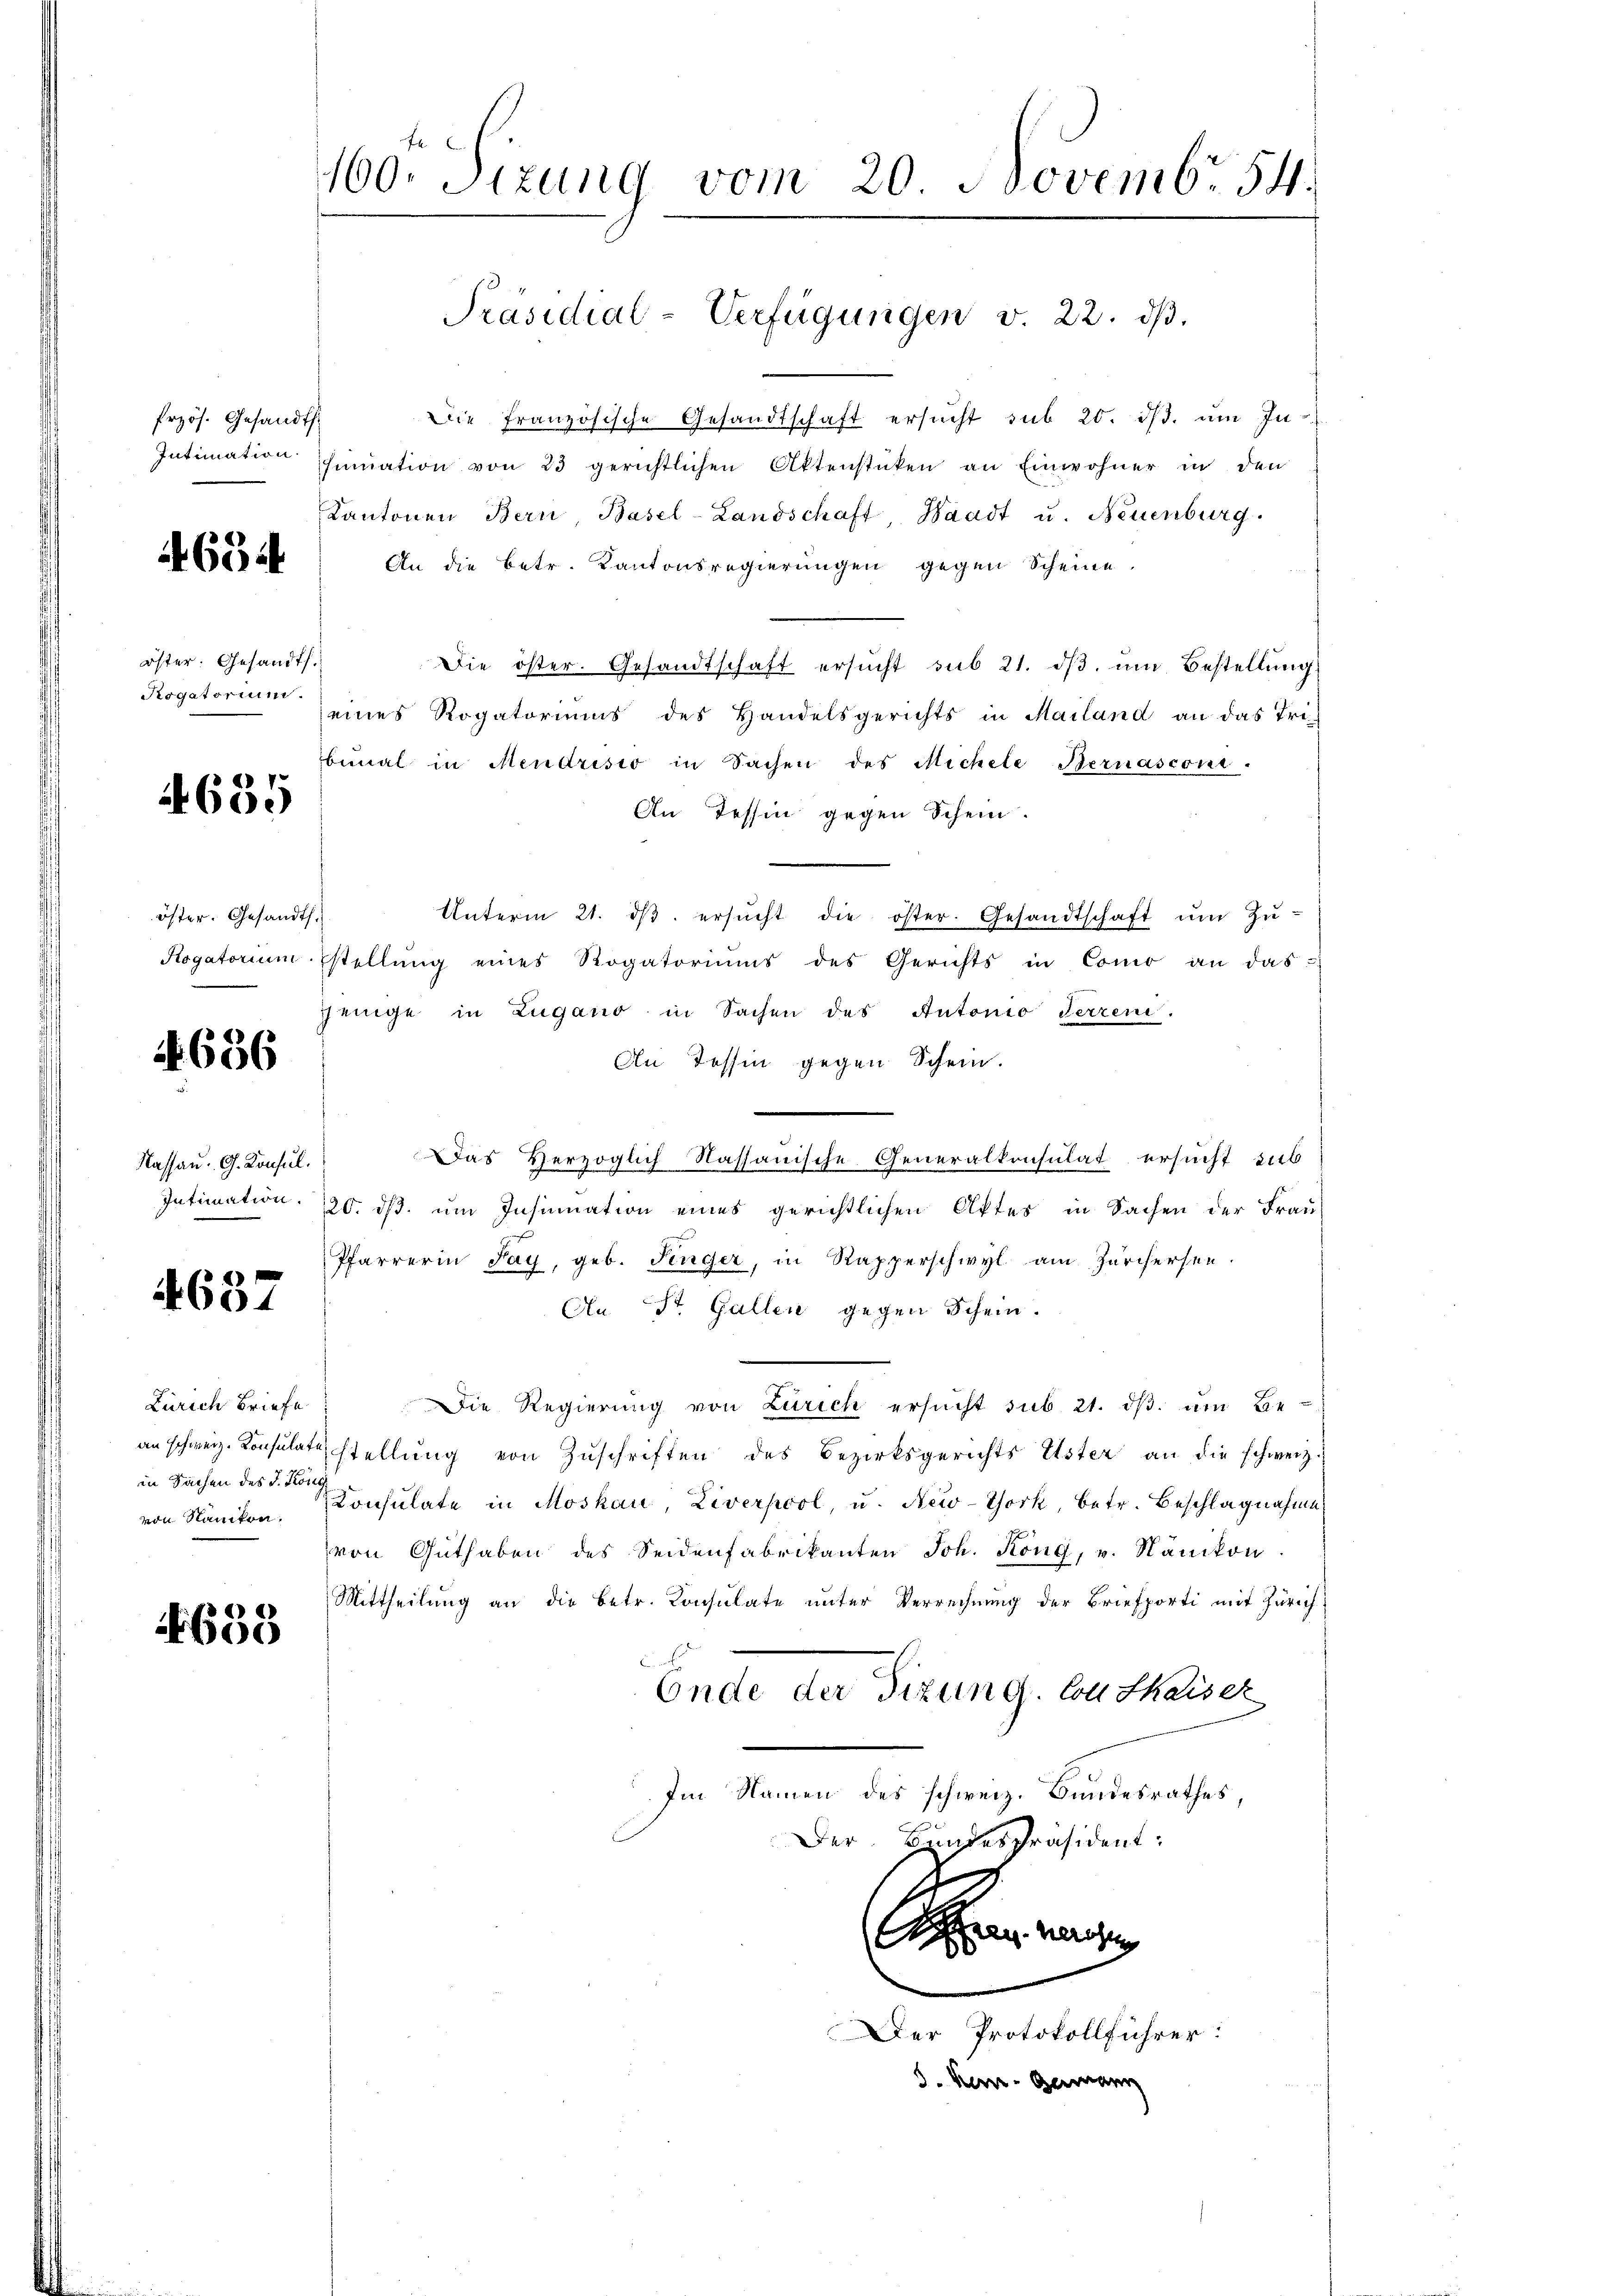
4634

öster. Gesandt
Rogatorium.

4635

öster. Gesandts.
Rogatorium

4656

Kassau: G. Konsul
Intimation.

¬
4601

Zürich Briefe
an schweiz. Konsulat
in Sachen des J. Kön
von Nänikon.

659

160. Sizung vom 20. Novembr. 54.

frzös. Gesandts

Die französische Gesandtschaft ersucht sub 20. ds. um In
Intimation ihmŭation von 23 gerichtlichen Aktenstüken an Einwohner in den
Kantonen Bern, Basel-Landschaft, Waadt u. Neuenburg.
An die Betr. Kantonsregierungen gegen Scheine,
Die öster. Gesandtschaft ersŭcht sub 21. dβ ŭm Bestellung
eines Rogatoriums des Handelsgerichts in Mailand an das Tri-
bemal in Mendrisio in Sachen des Michele Bernasconi
An Tessin gegen Schein.
Unterm 21. dβ ersŭcht die öster. Gesandtschaft ŭm Zŭ-
stellung eines Rogatoriums des Gerichts in Como an das
jenige in Zugano in Sachen des Autonio Ferren.
An Tessin gegen Schein.
Das Herzoglich Kassauische Generalkonsulat ersucht sub
20. ds. um Insinuation eines gerichtlichen Aktes in Sachen der Frau
Pfarrerin Fay, geb. Finger, in Rapperschwyl am Zürchersen.
An St. Gallen gegen Schein.
Die Regierung von Zürich ersucht sub. 21. dβ am Beustellŭng von Zŭschriften des Bezirksgerichts Uster an die schweiz.
Consulate in Moskau, Liverpool, u. New-York betr. Beschlagnahme
von Guthaben des Seidenfabrikanten Joh. Köng, v. Nänikon.
Mittheilung an die betr. Konsulate unter Verrechnung der Briefporti mit Zürich
Ende der Sizung. Con thaiser
Im Namen des schweiz. Bundesrathes,
Der Bundespräsident:
e
Der Protokollführer:
S. Kar-Germann

Präsidial-Verfügungen v. 22. dβ.